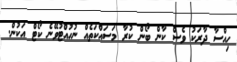
ހިއްސާ ދާރަކު ވެސް ކާން ބޯން ކުރާ މަސައްކަތެއް ނުހުއްޓުވޭނެ ކޯޓް އަކުން.